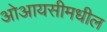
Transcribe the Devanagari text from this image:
ओआयसीमधील